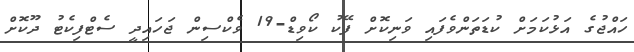
ހައްޖުގެ އަޅުކަމަށް ކުޑަތަންވެފައި ވަނިކޮށް ފޭކު ކޯވިޑް-19 ވެކްސިން ޖަހައިދީ ސެޓްފިކެޓު ދޫކޮށް